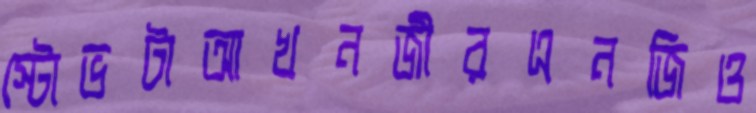
স্টোভটাআখনজীরএনজিও